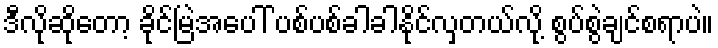
ဒီလိုဆိုတော့ ခိုင်မြဲအပေါ် ပစ်ပစ်ခါခါနိုင်လှတယ်လို့ စွပ်စွဲချင်စရာပဲ။